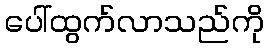
ပေါ်ထွက်လာသည်ကို